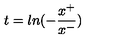
t = l n ( - \frac { x ^ { + } } { x ^ { - } } )